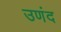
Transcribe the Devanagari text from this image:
उणंद